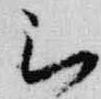
被